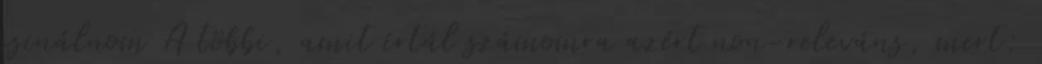
csinálnom A többi, amit írtál számomra azért non-releváns, mert: